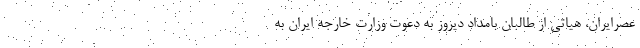
عصرایران، هیاتی از طالبان بامداد دیروز به دعوت وزارت خارجه ایران به